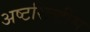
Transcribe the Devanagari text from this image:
अष्टसिद्धींस